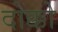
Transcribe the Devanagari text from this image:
दोक्को